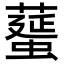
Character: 𦿸